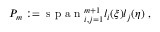
P _ { m } : = \mathrm { ~ s ~ p ~ a ~ n ~ } _ { i , j = 1 } ^ { m + 1 } l _ { i } ( \xi ) l _ { j } ( \eta ) \mathrm { ~ , ~ }